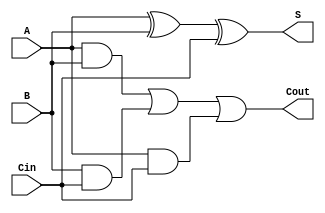
module tamtoplayici(
    input A,
    input B,
    input Cin,
    output S,
    output Cout
);

//S = A xor B xor Cin
//Cout = AB + BCin + ACin

wire wire1;
wire wire2;
wire wire3;

and (wire1,A,B);
and (wire2,B,Cin);
and (wire3,A,Cin);

xor (S,A,B,Cin);
or (Cout,wire1,wire2,wire3);

endmodule